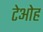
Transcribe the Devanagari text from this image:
टेओह